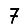
Digit: 7